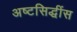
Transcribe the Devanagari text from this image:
अष्टसिद्धींस